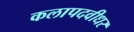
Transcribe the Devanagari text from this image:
कलापदवीधर